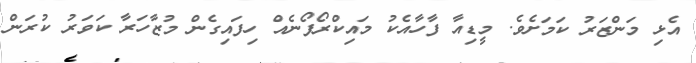
އެޅި މަންޒަރު ކަމަށެވެ. މީޑިއާ ފާހާއެކު މައިކްރޯފޯނެއް ހިފައިގެން މުޒާހަރާ ކަވަރު ކުރަން